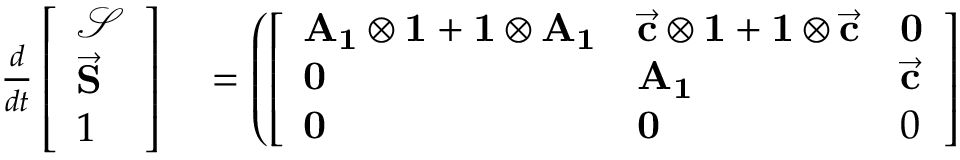
\begin{array} { r l } { \frac { d } { d t } \left[ \begin{array} { l } { \mathbf { \mathcal { S } } } \\ { \vec { \mathbf S } } \\ { 1 } \end{array} \right] } & { { } = \left( \left[ \begin{array} { l l l } { \mathbf { A _ { 1 } } \otimes \mathbf { 1 } + \mathbf { 1 } \otimes \mathbf { A _ { 1 } } } & { \vec { \mathbf c } \otimes \mathbf { 1 } + \mathbf { 1 } \otimes \vec { \mathbf c } } & { \mathbf 0 } \\ { \mathbf 0 } & { \mathbf { A _ { 1 } } } & { \vec { \mathbf c } } \\ { \mathbf 0 } & { \mathbf 0 } & { 0 } \end{array} \right] \right. } \end{array}